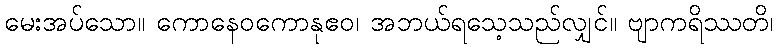
မေးအပ်သော။ ကောနေဝကောနုဧဝ၊ အဘယ်ရသေ့သည်လျှင်။ ဗျာကရိဿတိ၊